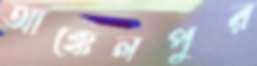
আক্কেলপুর